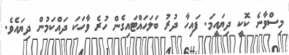
މިސްވާނެ ކޮކީ ދިޔައީމަ. ފައިހާ ދުރު ބަލަހައްޓައިގެން ހުރެ ވާހަކަ ދައްކަމުން ދިޔައެވެ.